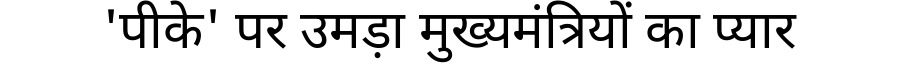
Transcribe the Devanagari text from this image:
'पीके' पर उमड़ा मुख्यमंत्रियों का प्यार